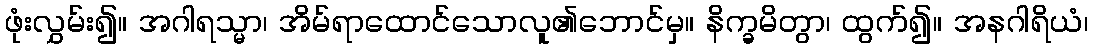
ဖုံးလွှမ်း၍။ အဂါရသ္မာ၊ အိမ်ရာထောင်သောလူ၏ဘောင်မှ။ နိက္ခမိတွာ၊ ထွက်၍။ အနဂါရိယံ၊